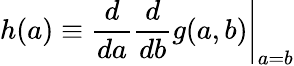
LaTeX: h(a)\equiv\left.{\frac{d}{da}}{\frac{d}{db}}g(a,b)\right|_{a=b}